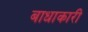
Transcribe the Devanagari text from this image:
बाधाकारी